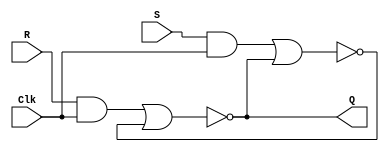
module lab_3a (Clk, R, S, Q);
input Clk, R, S;
output Q;
wire R_g, S_g, Qa, Qb /* synthesis keep */ ;
and (R_g, R, Clk);
and (S_g, S, Clk);
nor (Qa, R_g, Qb);
nor (Qb, S_g, Qa);
assign Q = Qa;
endmodule